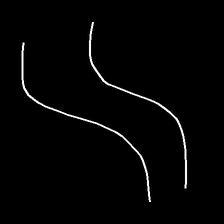
Glyph: float